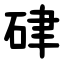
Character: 硉